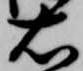
右